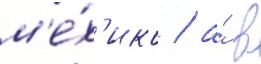
м'е́х'ико / а́ в